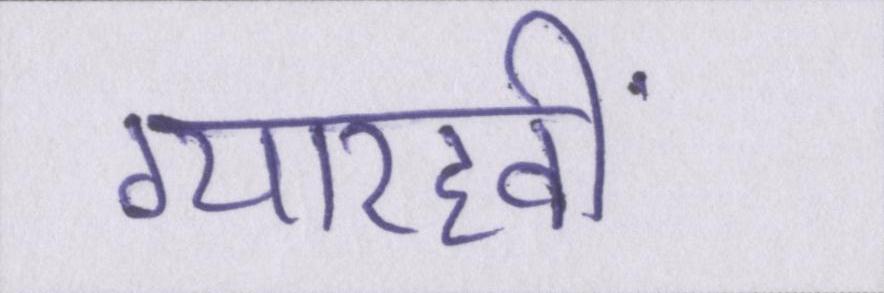
ग्यारहवीं